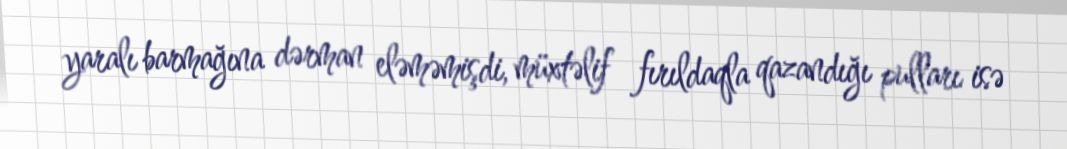
yaralı barmağına dərman eləməmişdi, müxtəlif fırıldaqla qazandığı pulları isə